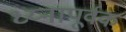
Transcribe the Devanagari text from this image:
ध्य्नापूर्वक